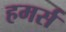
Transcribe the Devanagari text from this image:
हमर्स